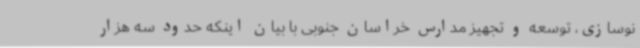
نوسازی، توسعه و تجهیز مدارس خراسان جنوبی با بیان اینکه حدود سه هزار